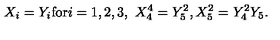
X _ { i } = Y _ { i } \mathrm { f o r } i = 1 , 2 , 3 , \ X _ { 4 } ^ { 4 } = Y _ { 5 } ^ { 2 } , X _ { 5 } ^ { 2 } = Y _ { 4 } ^ { 2 } Y _ { 5 } .